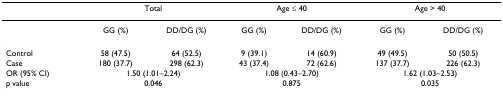
<table><thead><tr><td></td><td colspan="2"><b>Total</b></td><td colspan="2"><b>Age ≤ 40</b></td><td colspan="2"><b>Age &gt; 40</b></td></tr></thead><tbody><tr><td></td><td>GG (%)</td><td>DD/DG (%)</td><td>GG (%)</td><td>DD/DG (%)</td><td>GG (%)</td><td>DD/DG (%)</td></tr><tr><td>Control</td><td>58 (47.5)</td><td>64 (52.5)</td><td>9 (39.1)</td><td>14 (60.9)</td><td>49 (49.5)</td><td>50 (50.5)</td></tr><tr><td>Case</td><td>180 (37.7)</td><td>298 (62.3)</td><td>43 (37.4)</td><td>72 (62.6)</td><td>137 (37.7)</td><td>226 (62.3)</td></tr><tr><td>OR (95% CI)</td><td colspan="2">1.50 (1.01–2.24)</td><td colspan="2">1.08 (0.43–2.70)</td><td colspan="2">1.62 (1.03–2.53)</td></tr><tr><td>p value</td><td colspan="2">0.046</td><td colspan="2">0.875</td><td colspan="2">0.035</td></tr></tbody></table>